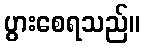
ပွားစေရသည်။